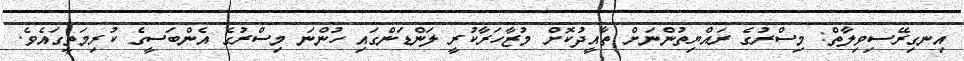
އިނގިރޭސިވިލާތް: މިސްރުގެ ރައްޔިތުންނަށް ތާއީދުކޮށް މުޒާހަރާކުރީ ލަންޑަންގައި ހުންނަ މިސްރުގެ އެންބަސީގެ ކުރިމަތީގައެވެ.